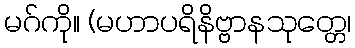
မဂ်ကို။ (မဟာပရိနိဗ္ဗာနသုတ္တေ၊